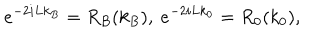
e ^ { - 2 i L k _ { B } } = R _ { B } ( k _ { B } ) , \ e ^ { - 2 i L k _ { 0 } } = R _ { 0 } ( k _ { 0 } ) ,